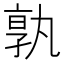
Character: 𭓔